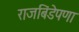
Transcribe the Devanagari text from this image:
राजबिंडेपणा